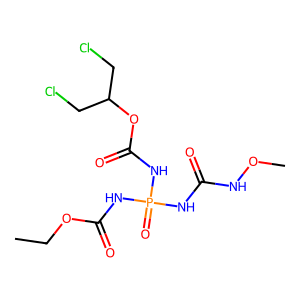
SMILES: CCOC(=O)NP(=O)(NC(=O)NOC)NC(=O)OC(CCl)CCl
Inhibits HIV replication: No